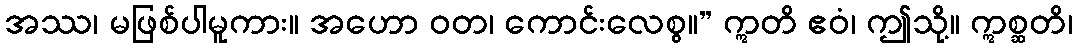
အဿ၊ မဖြစ်ပါမူကား။ အဟော ဝတ၊ ကောင်းလေစွ။” ဣတိ ဧဝံ၊ ဤသို့။ ဣစ္ဆတိ၊